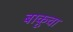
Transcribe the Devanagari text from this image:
बाकूचा